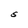
Character: S